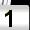
Digit: 1